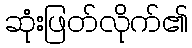
ဆုံးဖြတ်လိုက်၏